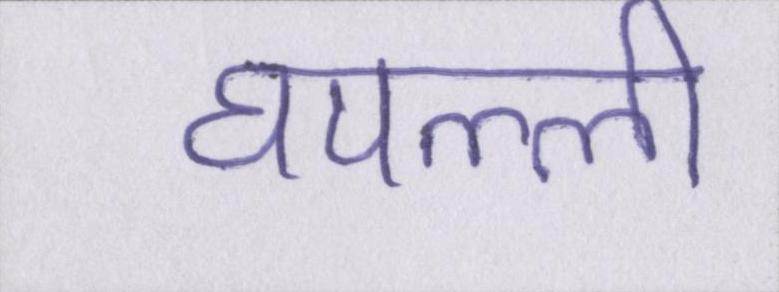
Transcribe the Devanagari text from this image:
घपल्ली